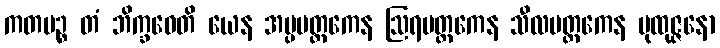
ကတမဉ္စ တံ ဘိက္ခဝေတိ ယေန အပ္ပမတ္တကေန ဩရမတ္တကေန သီလမတ္တကေန ပုထုဇ္ဇနော